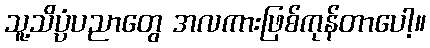
သူ့သိပ္ပံပညာတွေ အလကားဖြစ်ကုန်တာပေါ့။